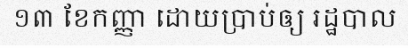
១៣ ខែកញ្ញា ដោយប្រាប់ឲ្យ រដ្ឋបាល